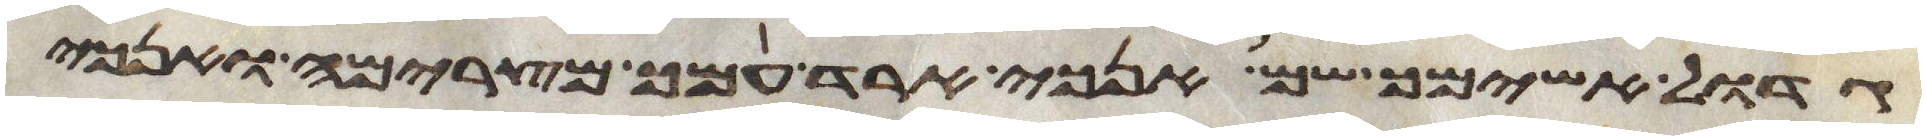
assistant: גדול אשימך שם אנכי ארד עמך מצרימה ואנכי